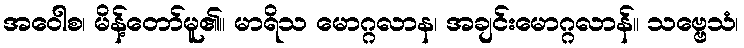
အဝေါစ၊ မိန့်တော်မူ၏။ မာရိသ မောဂ္ဂလာန၊ အချင်းမောဂ္ဂလာန်။ သဗ္ဗေသံ၊